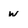
Character: w